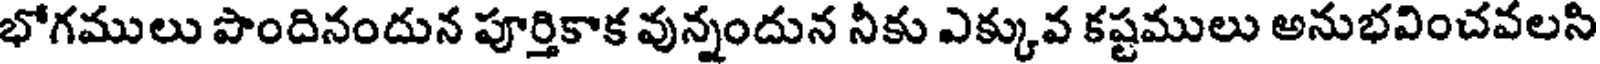
భోగములు పొందినందున పూర్తికాక వున్నందున నీకు ఎక్కువ కష్టములు అనుభవించవలసి